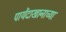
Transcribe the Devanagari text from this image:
पायेंदाखानाच्या